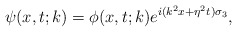
\begin{align*}\psi(x,t;k)=\phi(x,t;k)e^{i(k^2x+\eta^2t)\sigma_3},\end{align*}